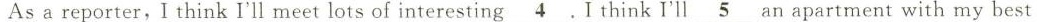
As a reporter,I think I'll meet lots of interesting\underline{ 4}. I think I'll \underline{ 5}an apartment with my best